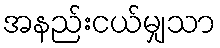
အနည်းငယ်မျှသာ